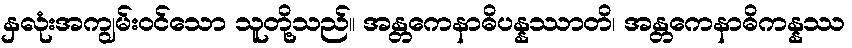
နှလုံးအကျွမ်းဝင်သော သူတို့သည်။ အန္တကေနာဓိပန္နဿာတိ၊ အန္တကေနာဓိကန္နဿ